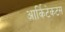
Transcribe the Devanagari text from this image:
आर्किटेकटस